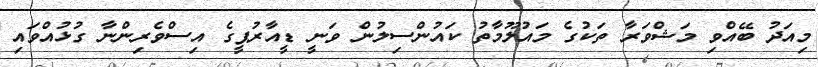
މިއަދު ބޭއްވި މަޝްވަރާ ތަކުގެ މައުލޫމާތު ކައުންސިލުން ވަނީ ޑީއާރުޕީގެ އިސްވެރިންނާ ގުޅުއްވައި